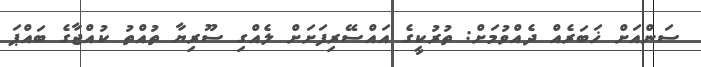
ސަންއަށް ޚަބަރެއް ދެއްވުމަށް: ތުރުކީގެ އައްސޭރިފަށަށް ލެއްގި ސޫރިޔާ ތުއްތު ކުއްޖާގެ ބައްޕަ